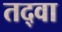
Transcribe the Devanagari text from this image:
तद्वा